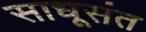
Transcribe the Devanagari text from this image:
साधूसंत